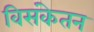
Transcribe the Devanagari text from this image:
विसंकेतन